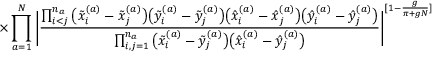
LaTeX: \times \prod _ { a = 1 } ^ { N } \Bigg | \frac { \prod _ { i < j } ^ { n _ { a } } \big ( \tilde { x } _ { i } ^ { ( a ) } - \tilde { x } _ { j } ^ { ( a ) } \big ) \big ( \tilde { y } _ { i } ^ { ( a ) } - \tilde { y } _ { j } ^ { ( a ) } \big ) \big ( \hat { x } _ { i } ^ { ( a ) } - \hat { x } _ { j } ^ { ( a ) } \big ) \big ( \hat { y } _ { i } ^ { ( a ) } - \hat { y } _ { j } ^ { ( a ) } \big ) } { \prod _ { i , j = 1 } ^ { n _ { a } } \big ( \tilde { x } _ { i } ^ { ( a ) } - \tilde { y } _ { j } ^ { ( a ) } \big ) \big ( \hat { x } _ { i } ^ { ( a ) } - \hat { y } _ { j } ^ { ( a ) } \big ) } \Bigg | ^ { [ 1 - \frac { g } { \pi + g N } ] }